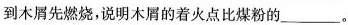
到木屑先燃烧，说明木屑的着火点比煤粉的___。